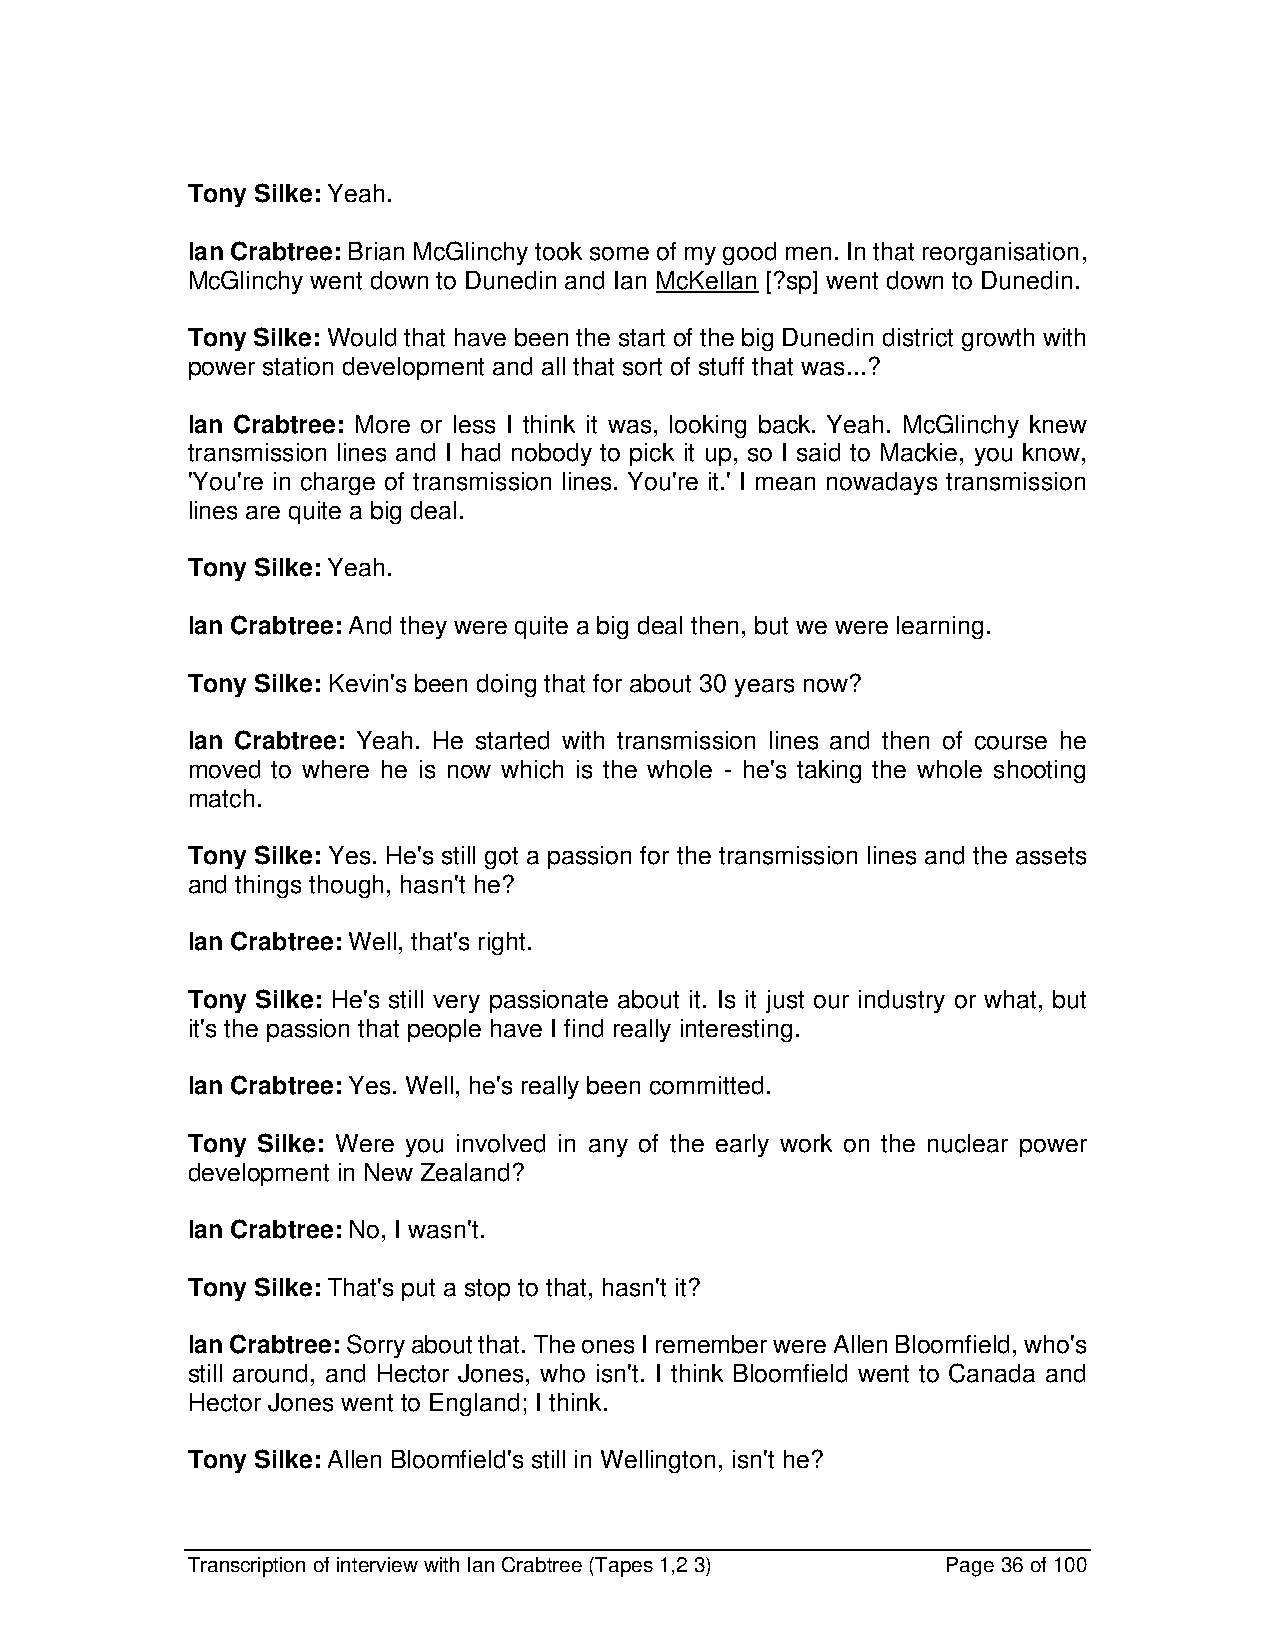
Tony Silke: Yeah.
 Ian Crabtree: Brian McGlinchy took some of my good men. In that reorganisation,
 McGlinchy went down to Dunedin and Ian McKellan [?sp] went down to Dunedin.
 Tony Silke: Would that have been the start of the big Dunedin district growth with
 power station development and all that sort of stuff that was...?
 Ian Crabtree: More or less I think it was, looking back. Yeah. McGlinchy knew
 transmission lines and I had nobody to pick it up, so I said to Mackie, you know,
 'You're in charge of transmission lines. You're it.' I mean nowadays transmission
 lines are quite a big deal.
 Tony Silke: Yeah.
 Ian Crabtree: And they were quite a big deal then, but we were learning.
 Tony Silke: Kevin's been doing that for about 30 years now?
 Ian Crabtree: Yeah. He started with transmission lines and then of course he
 moved to where he is now which is the whole - he's taking the whole shooting
 match.
 Tony Silke: Yes. He's still got a passion for the transmission lines and the assets
 and things though, hasn't he?
 Ian Crabtree: Well, that's right.
 Tony Silke: He's still very passionate about it. Is it just our industry or what, but
 it's the passion that people have I find really interesting.
 Ian Crabtree: Yes. Well, he's really been committed.
 Tony Silke: Were you involved in any of the early work on the nuclear power
 development in New Zealand?
 Ian Crabtree: No, I wasn't.
 Tony Silke: That's put a stop to that, hasn't it?
 Ian Crabtree: Sorry about that. The ones I remember were Allen Bloomfield, who's
 still around, and Hector Jones, who isn't. I think Bloomfield went to Canada and
 Hector Jones went to England; I think.
 Tony Silke: Allen Bloomfield's still in Wellington, isn't he?
 Transcription of interview with Ian Crabtree (Tapes 1,2 3) Page 36 of 100